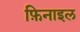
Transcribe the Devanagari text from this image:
फ़िनाइल